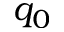
q _ { 0 }